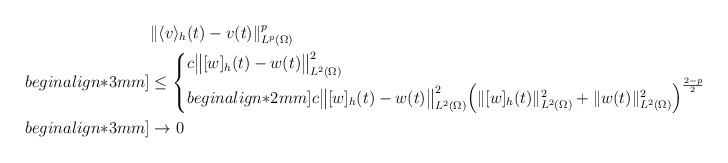
LaTeX: \begin{align*}&\|\langle v \rangle_h(t)-v(t)\|_{L^p(\Omega)}^p \\begin{align*}3mm]&\leq \begin{cases}c \big\|[w]_h(t)-w(t)\big\|_{L^2(\Omega)}^2&\textrm{for}\,\,\,p\geq 2 \\begin{align*}2mm]c\big\|[w]_h(t)-w(t)\big\|_{L^2(\Omega)}^2\Big(\|[w]_h(t)\|_{L^2(\Omega)}^2+\|w(t)\|_{L^2(\Omega)}^2\Big)^{\frac{2-p}{2}} &\textrm{for}\,\,\,1\leq p< 2\end{cases}\\begin{align*}3mm]&\to 0\end{align*}